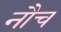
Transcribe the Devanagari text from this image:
नौच